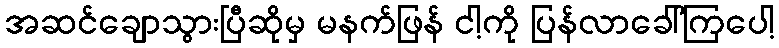
အဆင်ချောသွားပြီဆိုမှ မနက်ဖြန် ငါ့ကို ပြန်လာခေါ်ကြပေါ့